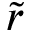
\tilde { r }